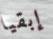
إبقيا